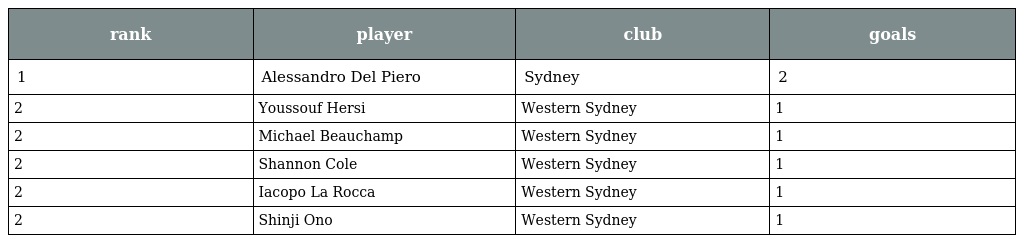
| rank | player | club | goals |
 | --- | --- | --- | --- |
 | 1 | Alessandro Del Piero | Sydney | 2 |
 | 2 | Youssouf Hersi | Western Sydney | 1 |
 | 2 | Michael Beauchamp | Western Sydney | 1 |
 | 2 | Shannon Cole | Western Sydney | 1 |
 | 2 | Iacopo La Rocca | Western Sydney | 1 |
 | 2 | Shinji Ono | Western Sydney | 1 |